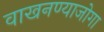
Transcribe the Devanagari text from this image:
वाखनण्याजोगा